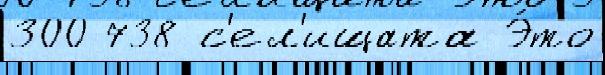
300 738 с'ел'ищата Э́то